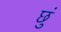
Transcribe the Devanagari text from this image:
छुं